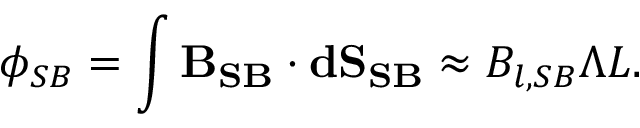
\phi _ { S B } = \int \mathbf { B _ { S B } } \cdot \mathbf { d S _ { S B } } \approx B _ { l , S B } \Lambda L .